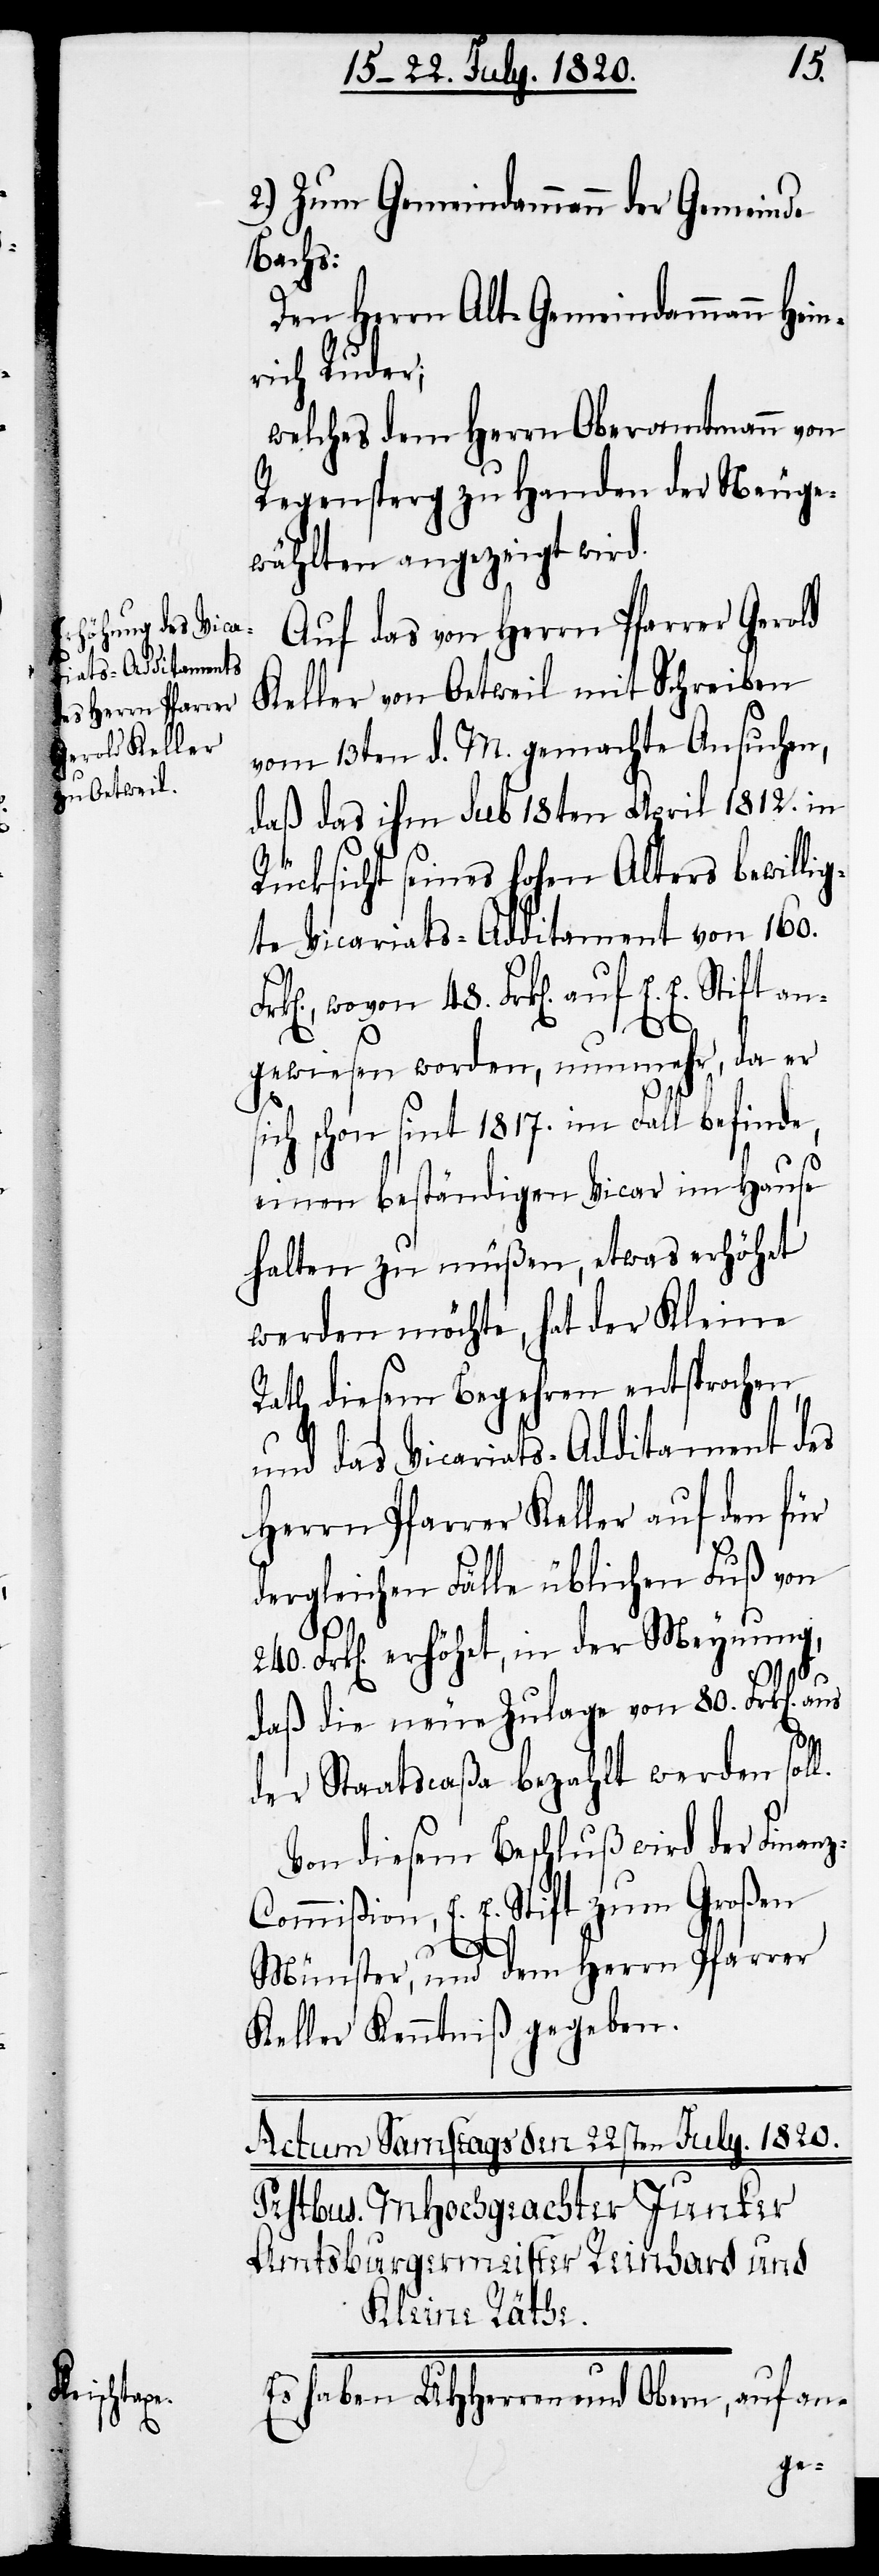
48.
2.) Zum Gemeindammann der Gemeinde
Bachs:
Den Herrn Alt-Gemeindammann Hein¬
rich Ruder;
welches dem Herrn Oberamtmann von
Regensperg zu Handen der Neuge¬
wählten angezeigt wird.
Auf das von Herrn Pfarrer Gerald
Keller von Oetweil mit Schreiben
vom 13ten d. M. gemachte Ansuchen,
daß das ihm sub 18ten April 1812. in
Rücksicht seines hohen Alters bewillig¬
te Vicariats-Additament von 160.
Frk[en]. auf E. E. Stift an¬
gewiesen worden, nunmehr, da er
sich schon sint 1817. im Fall befinde,
einen beständigen Vicar im Hause
halten zu müßen, etwas erhöhet
werden möchte, hat der der
Rath diesem Begehren entsprochen,
und das Vicariats-Additament des
Herrn Pfarrer Keller auf den für
dergleichen Fälle üblichen Fuß von
240. Frk[en]. erhöhet, in der Meynung,
z-C¬
daß die neue Zulage von 80. Frk[en].
der Staatscaßa bezahlt werden sol¬
Von diesem Beschluß wird der Finan¬
ommißion, E. E. Stift zum Großen
Münster, und dem Herrn Pfarrer
Keller Kenntniß gegeben.
Es haben UHHerren und Obern, auf an-